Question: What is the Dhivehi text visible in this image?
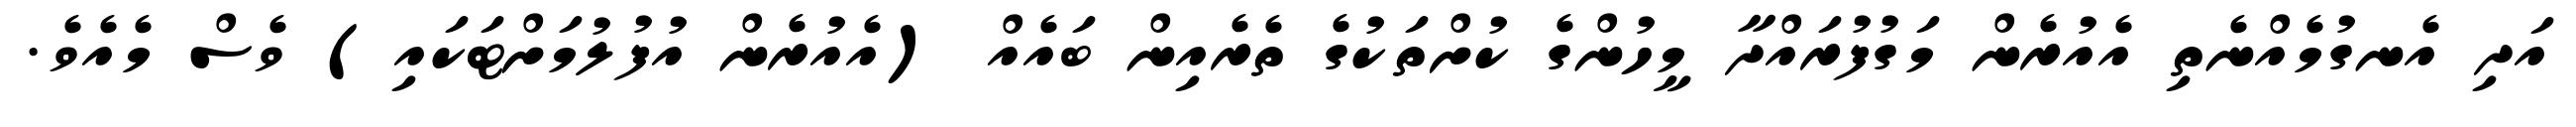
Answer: އަދި އެނގުމެއްނެތި އެއުރެން މަގުފުރައްދާ މީހުންގެ ކުށްތަކުގެ ތެރެއިން ބައެއް (އެއުރެން އުފުލުމަށްޓަކައި) ވެސް މެއެވެ.